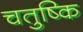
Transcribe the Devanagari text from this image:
चतुष्कि